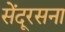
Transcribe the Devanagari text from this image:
सेंदूरसना